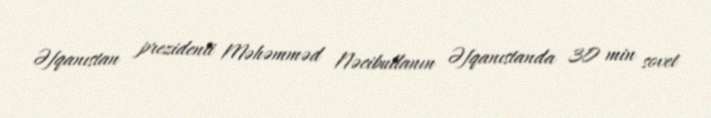
Əfqanıstan prezidenti Məhəmməd Nəcibullanın Əfqanıstanda 30 min sovet